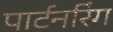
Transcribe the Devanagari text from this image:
पार्टनरिंग